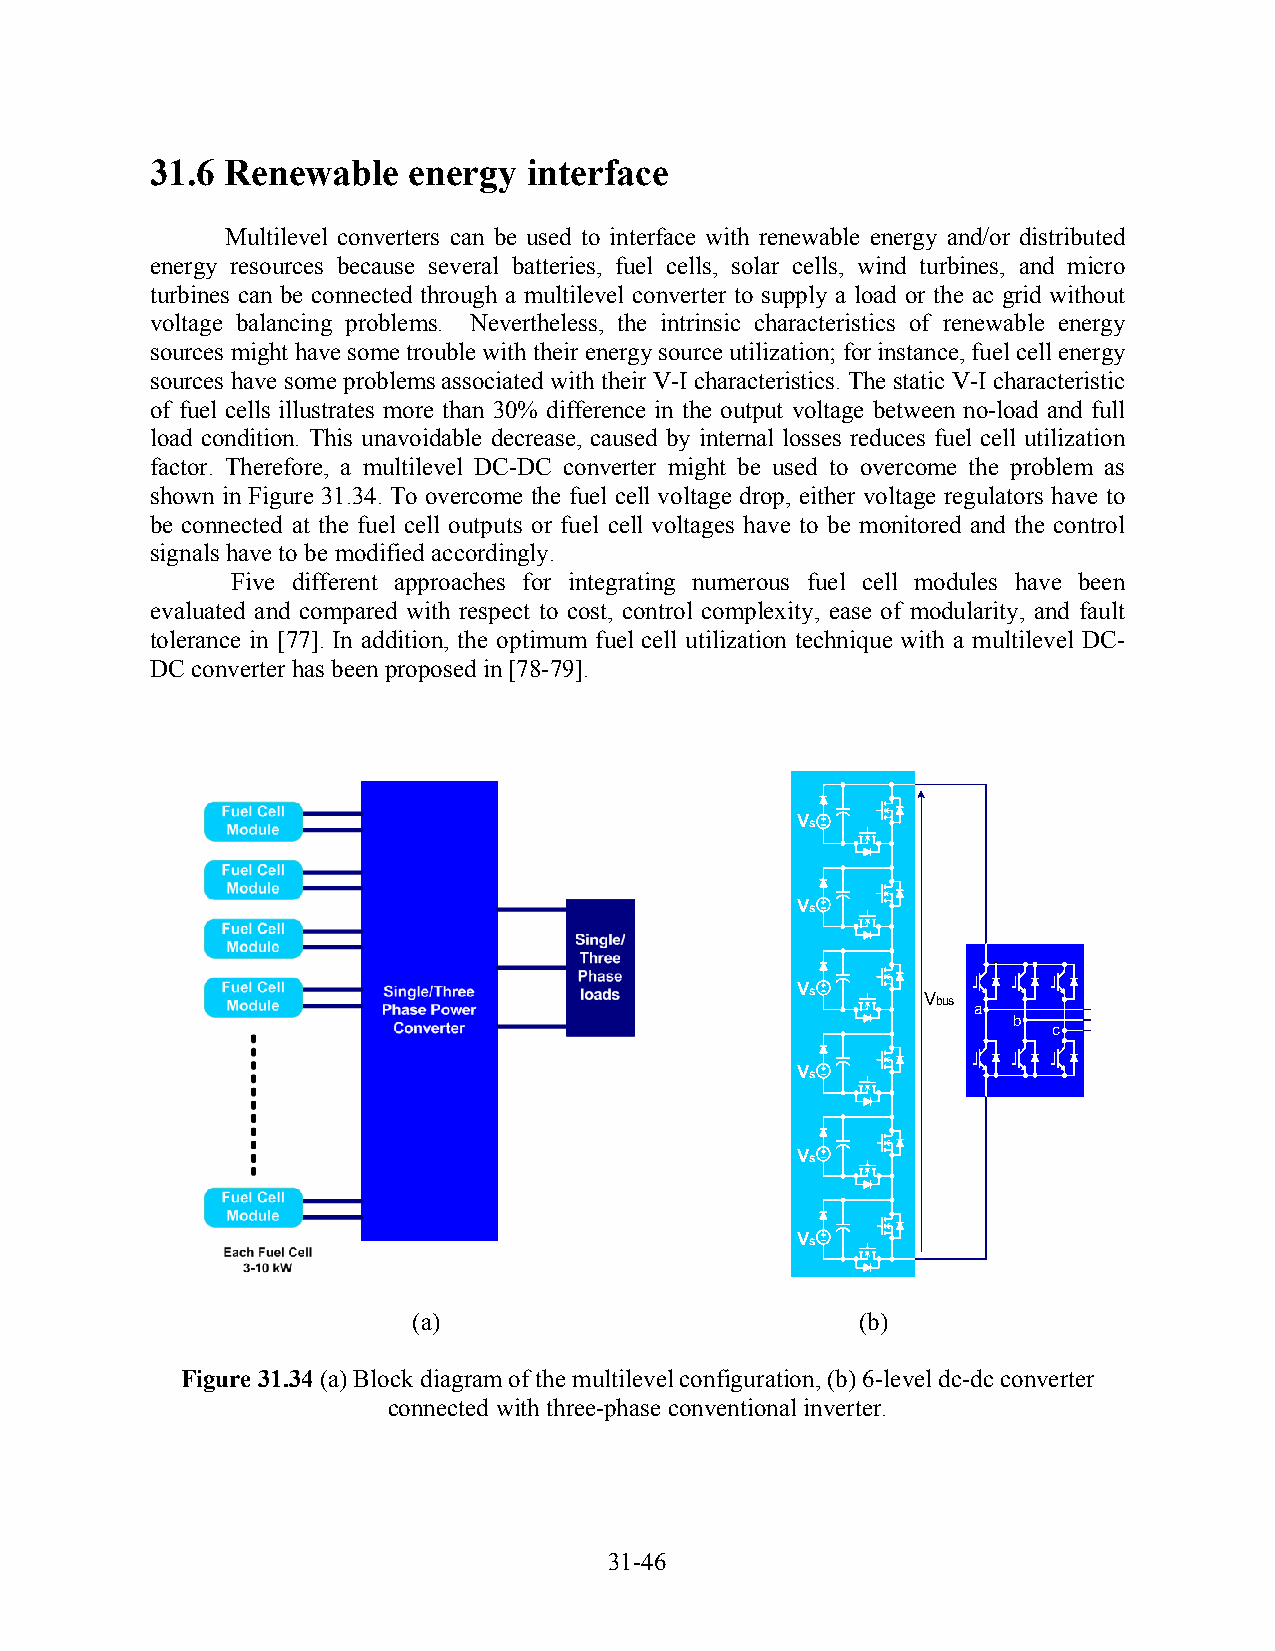
31.6 Renewable   energy  interface
 Multilevel converters can be used to interface with renewable energy and/or distributed
 energy resources because several batteries, fuel cells, solar cells, wind turbines, and micro
 turbines can be connected through a multilevel converter to supply a load or the ac grid without
 voltage balancing problems. Nevertheless, the intrinsic characteristics of renewable energy
 sources might have some trouble with their energy source utilization; for instance, fuel cell energy
 sources have some problems associated with their V-I characteristics. The static V-I characteristic
 of fuel cells illustrates more than 30% difference in the output voltage between no-load and full
 load condition. This unavoidable decrease, caused by internal losses reduces fuel cell utilization
 factor. Therefore, a multilevel DC-DC converter might be used to overcome the problem as
 shown in Figure 31.34. To overcome the fuel cell voltage drop, either voltage regulators have to
 be connected at the fuel cell outputs or fuel cell voltages have to be monitored and the control
 signals have to be modified accordingly.
 Five different approaches for integrating numerous fuel cell modules have been
 evaluated and compared with respect to cost, control complexity, ease of modularity, and fault
 tolerance in [77]. In addition, the optimum fuel cell utilization technique with a multilevel DC-
 DC converter has been proposed in [78-79].
 Vs
 Vs
 Vs
 Vbus
 a
 b
 c
 Vs
 Vs
 Vs
 (a)                           (b)
 Figure 31.34 (a) Block diagram of the multilevel configuration, (b) 6-level dc-dc converter
 connected with three-phase conventional inverter.
 31-46